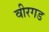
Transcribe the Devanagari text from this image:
वीरगड